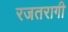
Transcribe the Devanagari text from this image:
रजतरागी